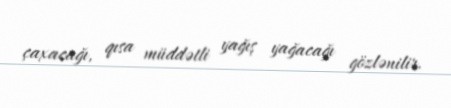
çaxacağı, qısa müddətli yağış yağacağı gözlənilir.